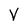
Character: V